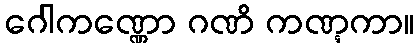
ဂေါကဏ္ဏော ဂဏိ ကဏ္ဋကာ။